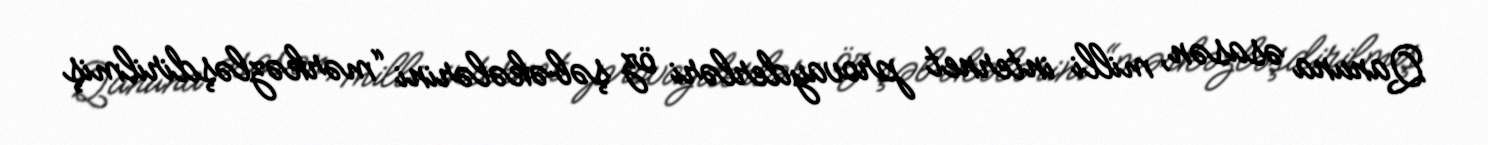
Qanuna əsasən, milli internet provayderləri öz şəbəkələrini “mərkəzləşdirilmiş